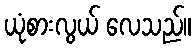
ယုံစားလွယ် လေသည်။